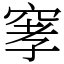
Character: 窙